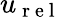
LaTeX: u_{\mathrm{~r~e~l~}}